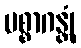
ပစ္စာဂန္တုံ